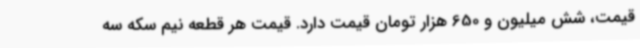
قیمت، شش میلیون و 650 هزار تومان قیمت دارد. قیمت هر قطعه نیم سکه سه